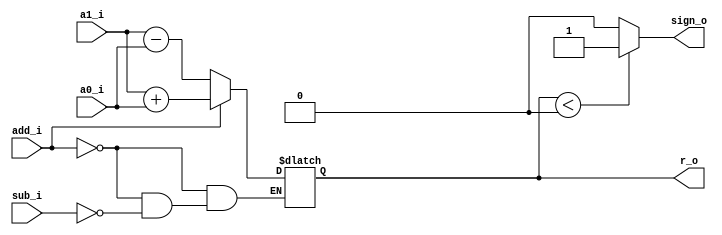
module ALU8(
	input [7:0] a1_i,a0_i,
	input add_i,sub_i,
	output  [7:0] r_o,
	output  sign_o);

reg signed [7:0]temp_r=8'b0;

always@(add_i,sub_i)
begin
	if (add_i)
		temp_r=a1_i+a0_i; 
	else if (sub_i)
		temp_r=a1_i-a0_i;
	//else
		//temp_r=8'b0;	//8bz
						//	
end

assign r_o=temp_r;
// 01
assign sign_o=(temp_r<0)?1'b1:1'b0;

endmodule